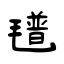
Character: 氆